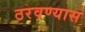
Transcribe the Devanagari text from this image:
ठरवण्यास